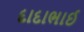
દાદાભાઈ